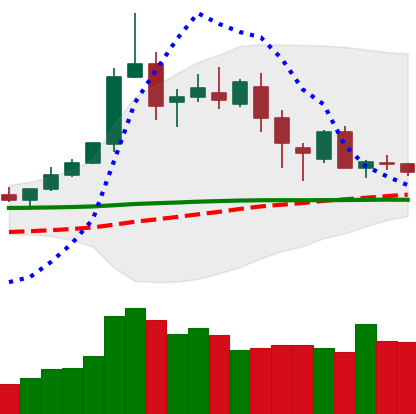
Ticker: DOGE-USD
Chart end date: 2020-02-22
Forward return: -10.65%
Label: down_7plus